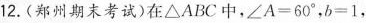
12.(郑州期末考试)在\triangle ABC中，$$\angle A=60^{\circ}$$，$$b=1$$，